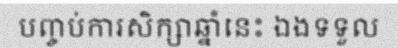
បញ្ចប់ការសិក្សាឆ្នាំនេះ ឯងទទួល